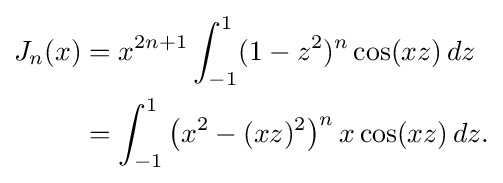
{\begin{aligned}J_{n}(x)&=x^{2n+1}\int _{-1}^{1}(1-z^{2})^{n}\cos(xz)\,dz\\&=\int _{-1}^{1}\left(x^{2}-(xz)^{2}\right)^{n}x\cos(xz)\,dz.\end{aligned}}